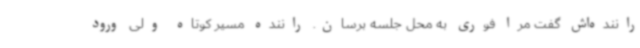
راننده‌اش گفت مرا فوری به محل جلسه برسان. راننده مسیر کوتاه ولی ورود